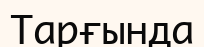
Тарғында